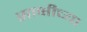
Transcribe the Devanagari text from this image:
साक्षीच्या